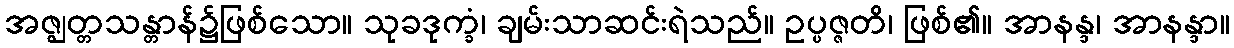
အဇ္ဈတ္တသန္တာန်၌ဖြစ်သော။ သုခဒုက္ခံ၊ ချမ်းသာဆင်းရဲသည်။ ဥပ္ပဇ္ဇတိ၊ ဖြစ်၏။ အာနန္ဒ၊ အာနန္ဒာ။